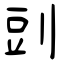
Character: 剅